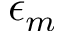
\epsilon _ { m }